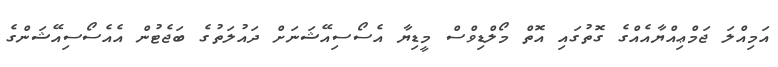
އަމިއްލަ ޖަމްޢިއްޔާއެއްގެ ގޮތުގައި އޮތް މޯލްޑިވްސް މީޑިޔާ އެސޯސިއޭޝަނަށް ދައުލަތުގެ ބަޖެޓުން އެއެސޯސިއޭޝަންގެ